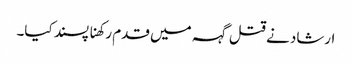
ارشاد نے قتل گہہ میں قدم رکھنا پسند کیا۔